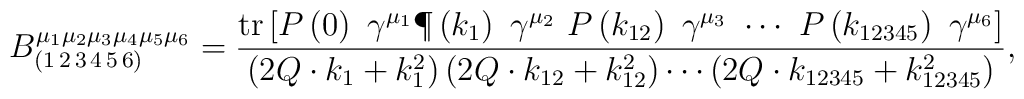
B_{\left( 1{\rm \,2\,3\,4\,5\,6}\right) }^{\mu _1\mu _2\mu _3\mu_4\mu _5\mu _6}=\frac{{\rm tr}\left[ P\left( 0\right) \ \gamma ^{\mu _1}\P\left( k_1\right) \ \gamma ^{\mu _2}\ P\left( k_{12}\right) \ \gamma ^{\mu_3}\ \cdots \ P\left( k_{12345}\right) \ \gamma ^{\mu _6}\right] }{\left(2Q\cdot k_1+k_1^2\right) \left( 2Q\cdot k_{12}+k_{12}^2\right) \cdots \left(2Q\cdot k_{12345}+k_{12345}^2\right) },